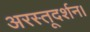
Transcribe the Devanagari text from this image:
अरस्तूदर्शन।